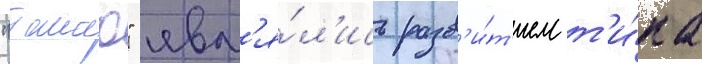
"такао" явл'я́л'ись разв'и́т'ием т'и́па